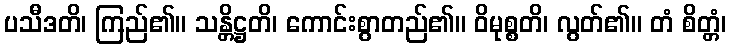
ပသီဒတိ၊ ကြည်၏။ သန္တိဋ္ဌတိ၊ ကောင်းစွာတည်၏။ ဝိမုစ္စတိ၊ လွတ်၏။ တံ စိတ္တံ၊